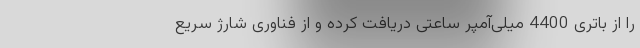
را از باتری 4400 میلی‌آمپر ساعتی دریافت کرده و از فناوری شارژ سریع